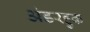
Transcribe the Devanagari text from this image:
अंडरहुक